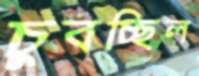
চুবচ্ছিল